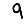
Digit: 9